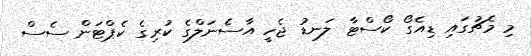
މި މެޗުގައި ޑިއެގޯ ކޯސްޓާ ލަނޑު ޖެހީ އާސެނަލްގެ ކުރިގެ ކެޕްޓަން ސެސް